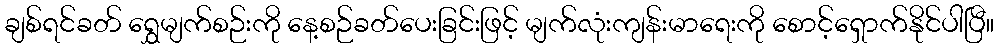
ချစ်ရင်ခတ် ရွှေမျက်စဉ်းကို နေ့စဉ်ခတ်ပေးခြင်းဖြင့် မျက်လုံးကျန်းမာရေးကို စောင့်ရှောက်နိုင်ပါပြီ။